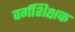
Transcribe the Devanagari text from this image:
वर्गशिक्षक